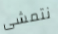
نتمشى